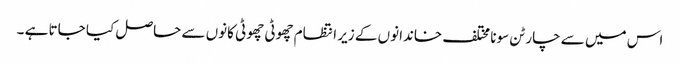
اس میں سے چار ٹن سونا مختلف خاندانوں کے زیر انتظام چھوٹی چھوٹی کانوں سے حاصل کیا جاتا ہے ۔